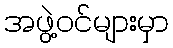
အဖွဲ့ဝင်များမှာ